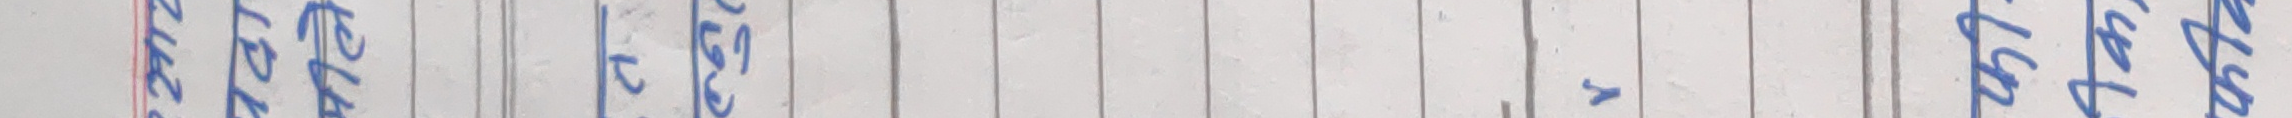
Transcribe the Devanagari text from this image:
कालेर लेछ। रा धिधुसुधाधि